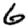
Digit: 6